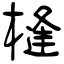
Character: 槰